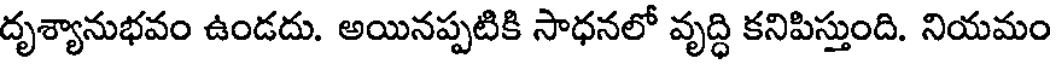
దృశ్యానుభవం ఉండదు. అయినప్పటికి సాధనలో వృద్ధి కనిపిస్తుంది. నియమం